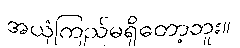
အယုံကြည်မရှိတော့ဘူး။